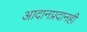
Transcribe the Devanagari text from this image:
आदानप्रदानही